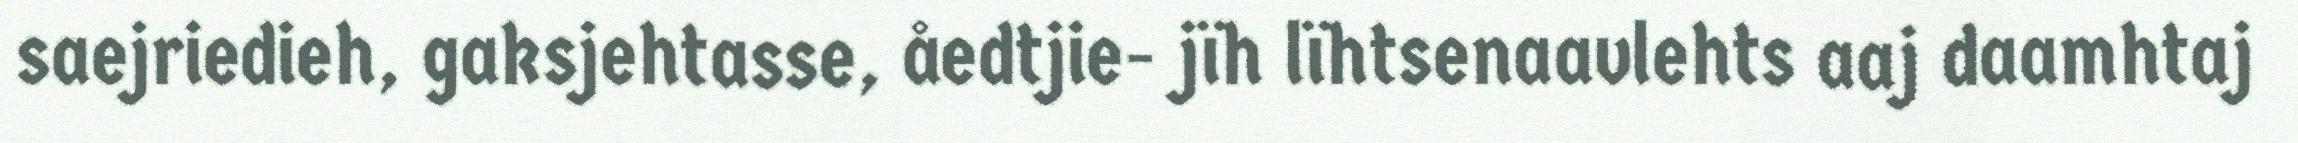
saejriedieh, gaksjehtasse, åedtjie- jïh lïhtsenaavlehts aaj daamhtaj